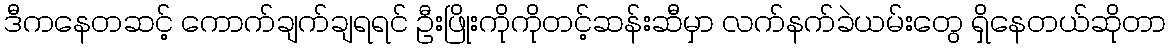
ဒီကနေတဆင့် ကောက်ချက်ချရရင် ဦးဖြိုးကိုကိုတင့်ဆန်းဆီမှာ လက်နက်ခဲယမ်းတွေ ရှိနေတယ်ဆိုတာ